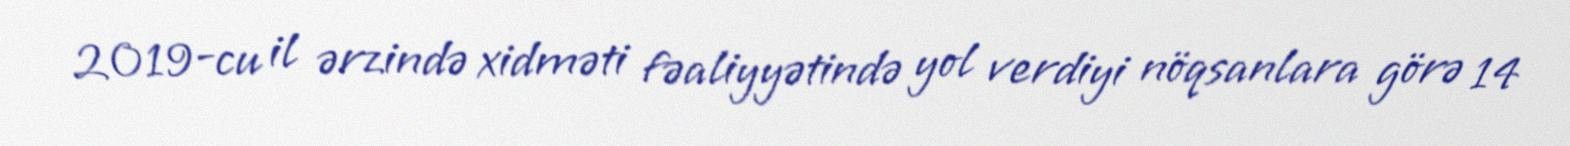
2019-cu il ərzində xidməti fəaliyyətində yol verdiyi nöqsanlara görə 14